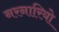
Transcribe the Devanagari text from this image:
नरनारियो